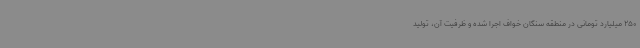
250 میلیارد تومانی در منطقه سنگان خواف اجرا شده و ظرفیت آن، تولید